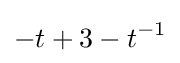
-t+3-t^{-1}